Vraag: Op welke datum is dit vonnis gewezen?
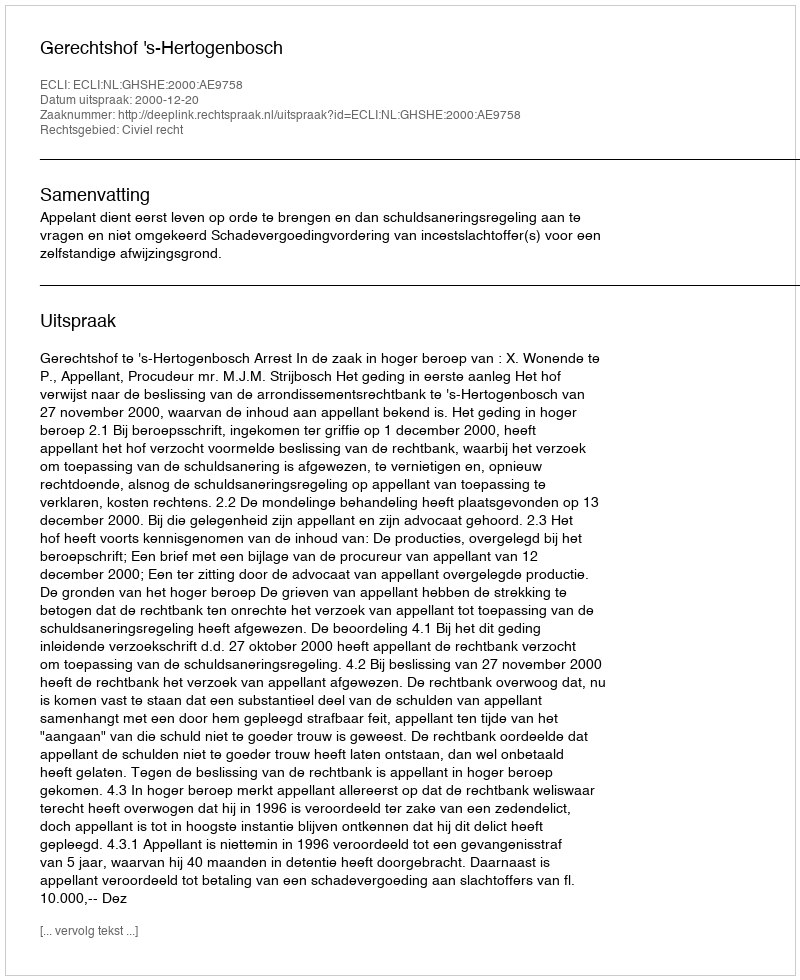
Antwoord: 2000-12-20